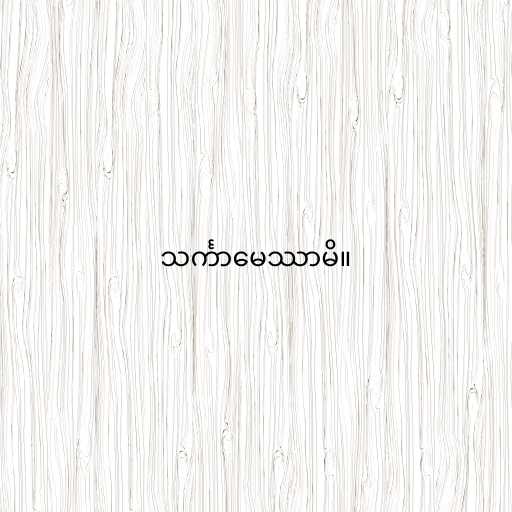
သင်္ကာမေဿာမိ။